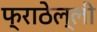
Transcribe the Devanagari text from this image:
फ्राठेल्ली